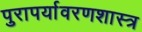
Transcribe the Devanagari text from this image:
पुरापर्यावरणशास्त्र